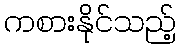
ကစားနိုင်သည့်